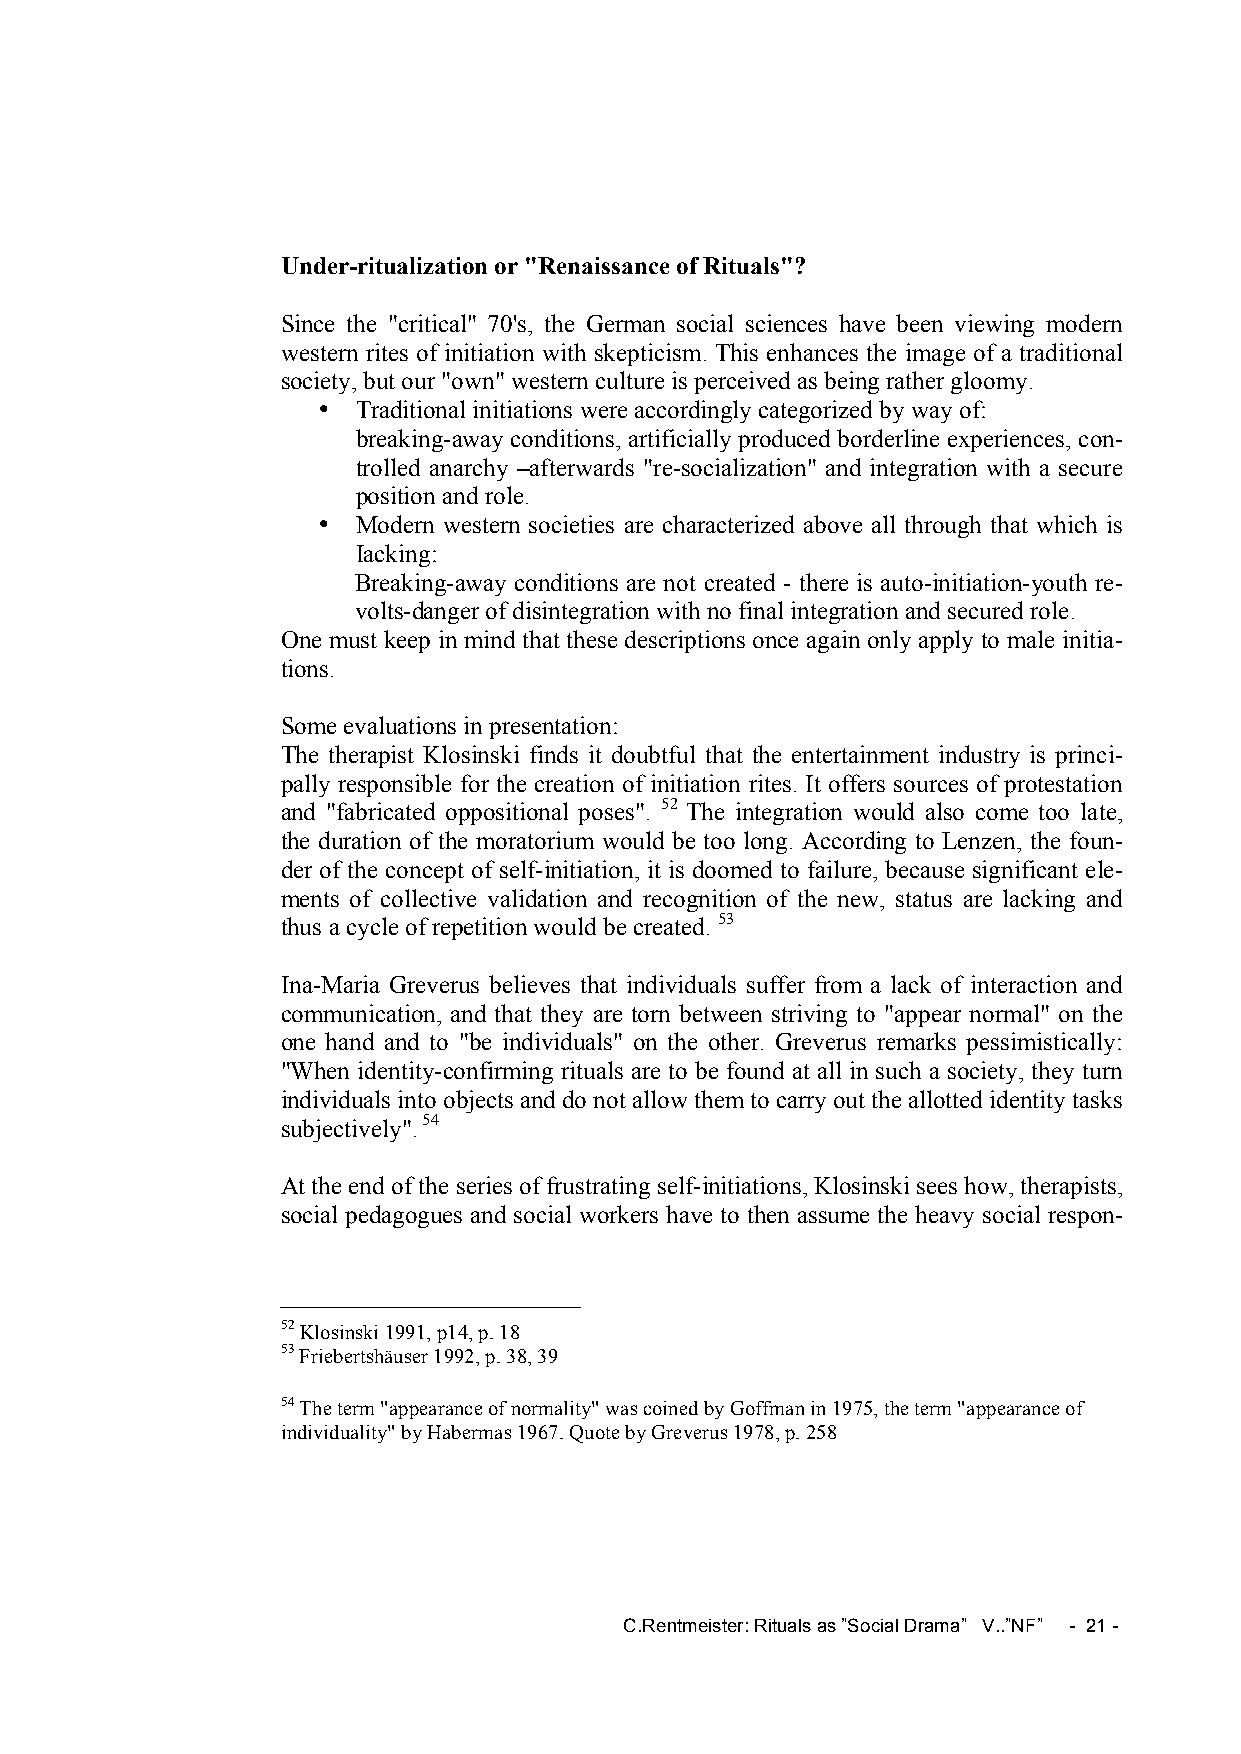
Under-ritualization or "Renaissance of Rituals"?
 Since the "critical" 70's, the German social sciences have been viewing modern
 western rites of initiation with skepticism. This enhances the image of a traditional
 society, but our "own" western culture is perceived as being rather gloomy.
 •  Traditional initiations were accordingly categorized by way of:
 breaking-away conditions, artificially produced borderline experiences, con-
 trolled anarchy –afterwards "re-socialization" and integration with a secure
 position and role.
 •  Modern western societies are characterized above all through that which is
 Iacking:
 Breaking-away conditions are not created - there is auto-initiation-youth re-
 volts-danger of disintegration with no final integration and secured role.
 One must keep in mind that these descriptions once again only apply to male initia-
 tions.
 Some evaluations in presentation:
 The therapist Klosinski finds it doubtful that the entertainment industry is princi-
 pally responsible for the creation of initiation rites. It offers sources of protestation
 and "fabricated oppositional poses". 52 The integration would also come too late,
 the duration of the moratorium would be too long. According to Lenzen, the foun-
 der of the concept of self-initiation, it is doomed to failure, because significant ele-
 ments of collective validation and recognition of the new, status are lacking and
 thus a cycle of repetition would be created. 53
 Ina-Maria Greverus believes that individuals suffer from a lack of interaction and
 communication, and that they are torn between striving to "appear normal" on the
 one hand and to "be individuals" on the other. Greverus remarks pessimistically:
 "When identity-confirming rituals are to be found at all in such a society, they turn
 individuals into objects and do not allow them to carry out the allotted identity tasks
 subjectively". 54
 At the end of the series of frustrating self-initiations, Klosinski sees how, therapists,
 social pedagogues and social workers have to then assume the heavy social respon-
 52 Klosinski 1991, p14, p. 18
 53 Friebertshäuser 1992, p. 38, 39
 54 The term "appearance of normality" was coined by Goffman in 1975, the term "appearance of
 individuality" by Habermas 1967. Quote by Greverus 1978, p. 258
 C.Rentmeister: Rituals as ”Social Drama” V..”NF” - 21 -